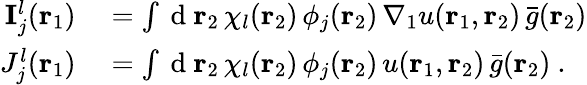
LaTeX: \begin{array}{rl}{\mathbf{I}_{j}^{l}({\mathbf{r}_{1}})}&{{}=\int\mathrm{~d~}{\mathbf{r}_{2}}\, \chi_{l}({\mathbf{r}_{2}})\, \phi_{j}({\mathbf{r}_{2}})\, \nabla_{1}u({\mathbf{r}_{1}},{\mathbf{r}_{2}})\, \bar{g}({\mathbf{r}_{2}})}\\ {J_{j}^{l}({\mathbf{r}_{1}})}&{{}=\int\mathrm{~d~}{\mathbf{r}_{2}}\, \chi_{l}({\mathbf{r}_{2}})\, \phi_{j}({\mathbf{r}_{2}})\, u({\mathbf{r}_{1}},{\mathbf{r}_{2}})\, \bar{g}({\mathbf{r}_{2}})\mathrm{~.~}}\end{array}